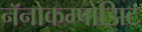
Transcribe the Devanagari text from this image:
नॅनोकम्पोझिट